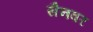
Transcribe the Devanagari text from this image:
सैनवर